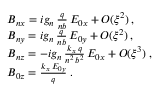
\begin{array} { r l } & { B _ { n x } = i g _ { n } \, \frac { q } { n b } \, E _ { 0 x } + O ( \xi ^ { 2 } ) \: , } \\ & { B _ { n y } = i g _ { n } \, \frac { q } { n b } \, E _ { 0 y } + O ( \xi ^ { 2 } ) \: , } \\ & { B _ { n z } = - i g _ { n } \, \frac { k _ { x } \, q } { n ^ { 2 } \, b ^ { 2 } } \, E _ { 0 x } + O ( \xi ^ { 3 } ) \: , } \\ & { B _ { 0 z } = \frac { k _ { x } \, E _ { 0 y } } { q } \: . } \end{array}